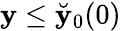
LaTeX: \mathbf{y}\le\breve{{\mathbf{y}}}_{0}(0)